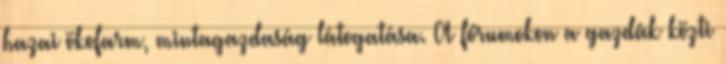
hazai ökofarm, mintagazdaság látogatása. A fórumokon a gazdák közti